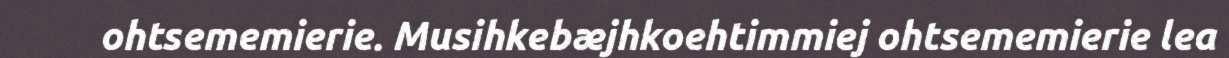
ohtsememierie. Musihkebæjhkoehtimmiej ohtsememierie lea